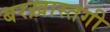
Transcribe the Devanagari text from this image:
बरख़ास्तगी